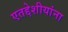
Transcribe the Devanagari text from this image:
एतद्देशीयांना